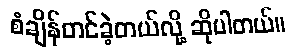
စံချိန်တင်ခဲ့တယ်လို့ ဆိုပါတယ်။